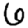
Digit: 6